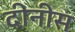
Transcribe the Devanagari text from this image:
दीनीस